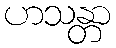
ဟသန္တာ